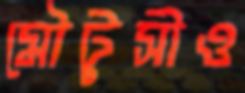
মৌটুসীও